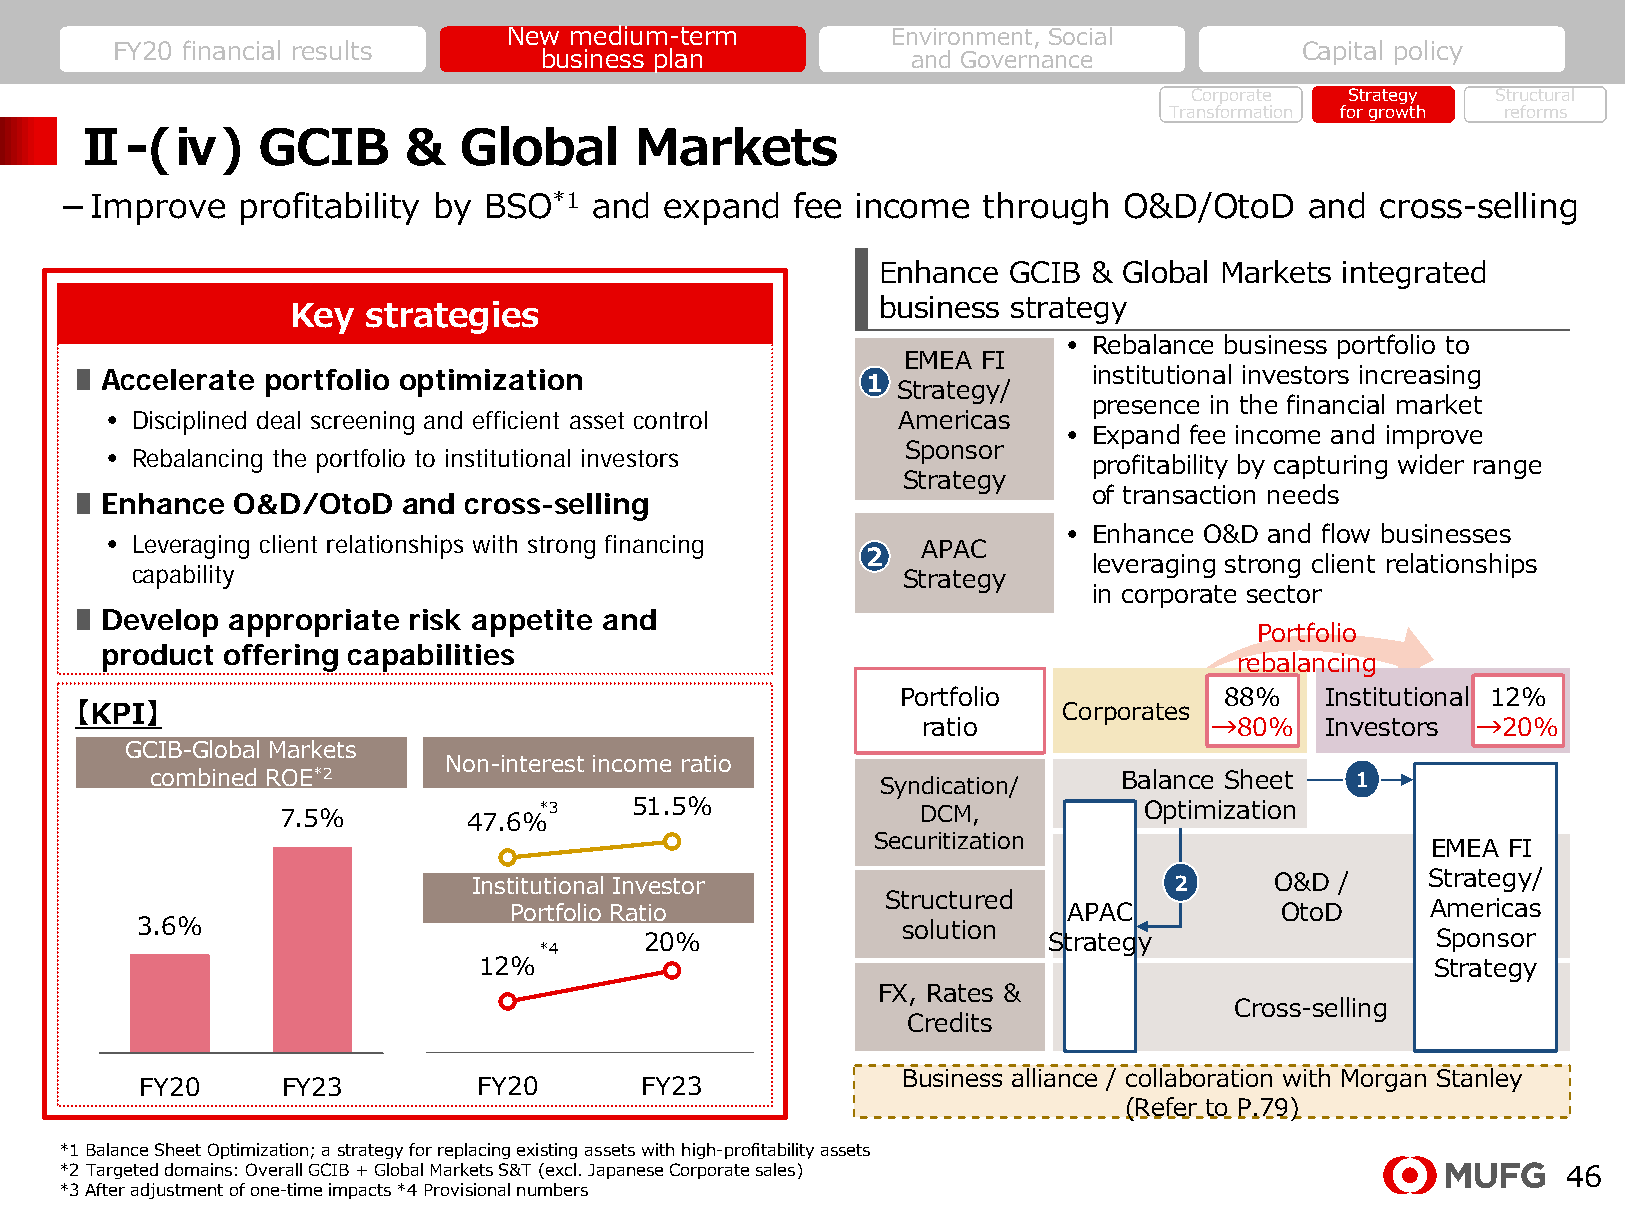
New medium-term          Environment, Social
 FY20 financial results                                                         Capital policy
 business plan           and Governance
 Corporate Strategy  Structural
 Transformation for growth reforms
 Ⅱ-(ⅳ)       GCIB      &  Global      Markets
 －Improve    profitability by BSO*1 and  expand   fee income  through  O&D/OtoD     and cross-selling
 Enhance  GCIB & Global Markets integrated
 business strategy
 Key  strategies
 • Rebalance business portfolio to
 EMEA FI
 ∎Accelerate portfolio optimization                  1              institutional investors increasing
 Strategy/
 presence in the financial market
 • Disciplined deal screening and efficient asset control Americas
 • Expand fee income and improve
 • Rebalancing the portfolio to institutional investors Sponsor
 profitability by capturing wider range
 Strategy
 of transaction needs
 ∎Enhance   O&D/OtoD   and cross-selling
 • Enhance O&D and flow businesses
 • Leveraging client relationships with strong financing APAC
 2
 leveraging strong client relationships
 capability                                         Strategy
 in corporate sector
 ∎Develop  appropriate risk appetite and
 Portfolio
 product offering capabilities
 rebalancing
 Portfolio            88%    Institutional 12%
 【KPI】                                                            Corporates
 ratio              →80%    Investors →20%
 GCIB-Global Markets
 Non-interest income ratio
 combined ROE*2                                  Syndication/    Balance Sheet   1
 7.5%        47.6%*3    51.5%              DCM,           Optimization
 Securitization
 EMEA FI
 Institutional Investor                         2     O&D  /     Strategy/
 Structured
 Portfolio Ratio                      APAC          OtoD      Americas
 3.6%                                               solution
 20%                       Strategy                  Sponsor
 *4
 12%                                                            Strategy
 FX, Rates &
 Cross-selling
 Credits
 Business alliance / collaboration with Morgan Stanley
 FY20      FY23         FY20      FY23
 (Refer to P.79)
 *1 Balance Sheet Optimization; a strategy for replacing existing assets with high-profitability assets
 *2 Targeted domains: Overall GCIB + Global Markets S&T (excl. Japanese Corporate sales)             46
 *3 After adjustment of one-time impacts *4 Provisional numbers